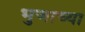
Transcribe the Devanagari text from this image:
भुजाच्या